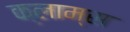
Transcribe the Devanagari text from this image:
क्लाम्स